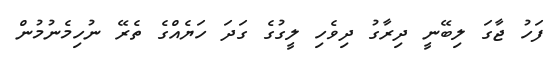
ފަހު ޖާގަ ލިބޭނީ ދިރާގު ދިވެހި ލީގުގެ ގަދަ ހަޔެއްގެ ތެރޭ ނުހިމެނުމުން